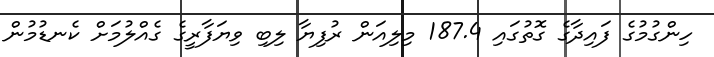
ހިންގުމުގެ ފައިދާގެ ގޮތުގައި 187.4 މިލިއަން ރުފިޔާ ލިބި ވިޔަފާރީގެ ގެއްލުމަށް ކެނޑުމުން